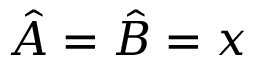
\hat { A } = \hat { B } = x